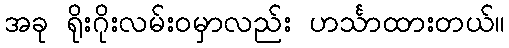
အခု ရိုးဂိုးလမ်းဝမှာလည်း ဟင်္သာထားတယ်။